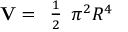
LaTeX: \mathbf { V } = { \begin{array} { l } { { \frac { 1 } { 2 } } } \end{array} } \pi ^ { 2 } R ^ { 4 }